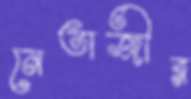
নেতাজীর